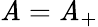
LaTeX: \mathit{A}=\mathit{A}_{+}